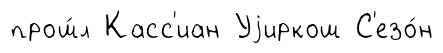
прош́л Касс'иан Уjиркош С'езо́н